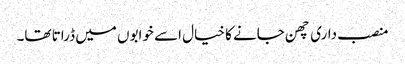
منصب داری چھن جانے کا خیال اسے خوابوں میں ڈراتا تھا۔